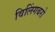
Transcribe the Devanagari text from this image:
विलिंगबरो